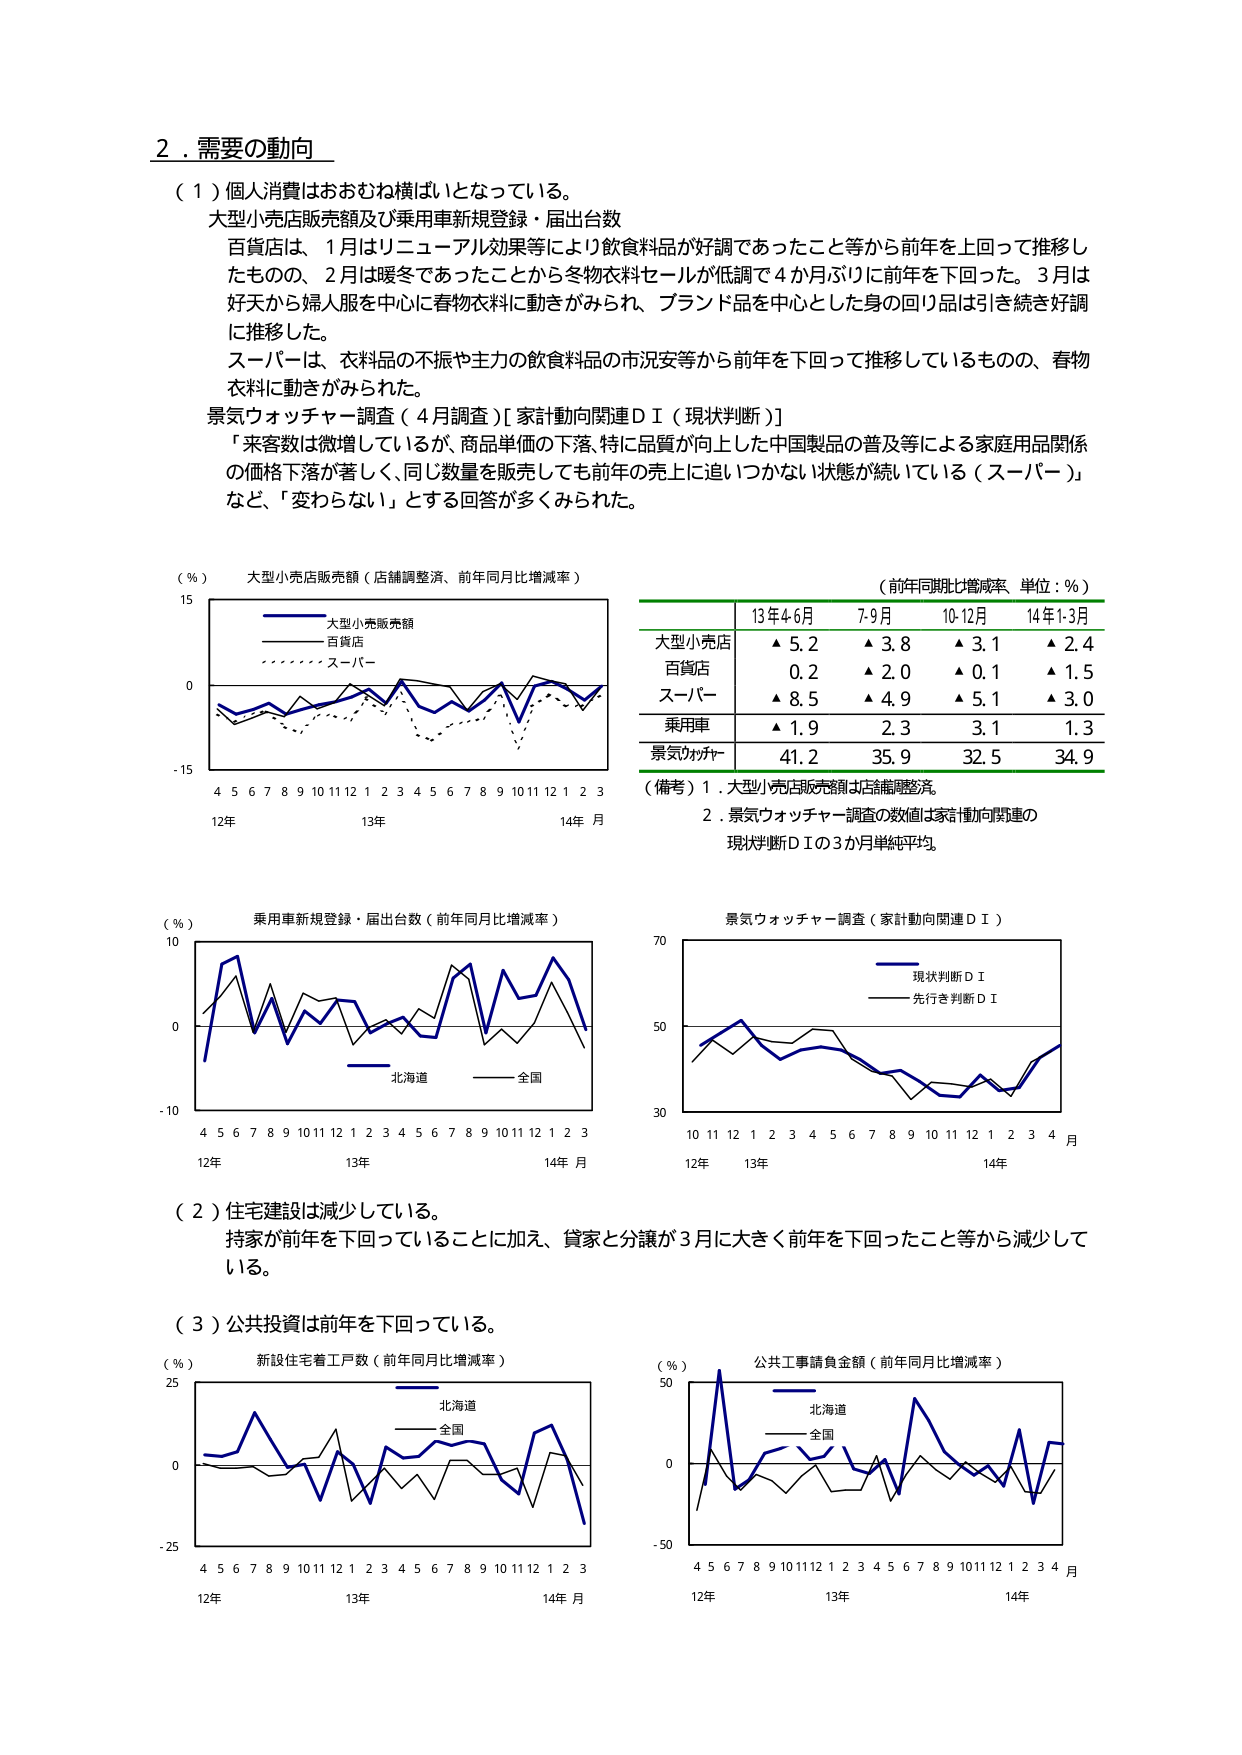
2．需要の動向

（1）個人消費はおもむね横ばいとなっている。

大型小売店販売額及び乗用車新規登録・届出台数

百貨店は、1月はリニューアル効果等により飲食料品が好調であったこと等から前年を上回って推移したものの、2月は暖冬であったことから冬物衣料セールが低調で4か月ぶりに前年を下回った。3月は好天から婦人服を中心に春物衣料に動きがみられ、ブランド品を中心とした身の回り品は引き続き好調に推移した。

スーパーは、衣料品の不振や主力の飲食料品の市況安等から前年を下回って推移しているものの、春物衣料に動きがみられた。

景気ウォッチャー調査（4月調査）[家計動向関連ＤＩ（現状判断）]

「来客数は微増しているが、商品単価の下落、特に品質が向上した中国製品の普及等による家庭用品関係の価格下落が著しく、同じ数量を販売しても前年の売上に追いつけない状態が続いている（スーパー）」など、「変わらない」とする回答が多くみられた。

（％）
大型小売店販売額（店舗調整済、前年同月比増減率）

15
大型小売店販売額
百貨店
スーパー
0
-15
4 5 6 7 8 9 10 11 12 1 2 3 4 5 6 7 8 9 10 11 12 1 2 3
12年 13年 14年 月

（前年同期比増減率 単位：％）

13年4-6月 7-9月 10-12月 14年1-3月
大型小売店 ▲ 5.2 ▲ 3.8 ▲ 3.1 ▲ 2.4
百貨店 0.2 ▲ 2.0 ▲ 0.1 ▲ 1.5
スーパー ▲ 8.5 ▲ 4.9 ▲ 5.1 ▲ 3.0
乗用車 ▲ 1.9 2.3 3.1 1.3
景気ウォッチャー 41.2 35.9 32.5 34.9

（備考）1．大型小売店販売額は店舗調整済。
2．景気ウォッチャー調査の数値は家計動向関連の
現状判断ＤＩの3か月単純平均。

（％）
乗用車新規登録・届出台数（前年同月比増減率）

10
北海道
全国
0
-10
4 5 6 7 8 9 10 11 12 1 2 3 4 5 6 7 8 9 10 11 12 1 2 3
12年 13年 14年 月

景気ウォッチャー調査（家計動向関連ＤＩ）

70
現状判断ＤＩ
先行き判断ＤＩ
50
30
10 11 12 1 2 3 4 5 6 7 8 9 10 11 12 1 2 3 4 月
12年 13年 14年

（2）住宅建設は減少している。

持家が前年を下回っていることに加え、貸家と分譲が3月に大きく前年を下回ったこと等から減少している。

（3）公共投資は前年を下回っている。

（％）
新設住宅着工戸数（前年同月比増減率）

25
北海道
全国
0
-25
4 5 6 7 8 9 10 11 12 1 2 3 4 5 6 7 8 9 10 11 12 1 2 3
12年 13年 14年 月

（％）
公共工事請負金額（前年同月比増減率）

50
北海道
全国
0
-50
4 5 6 7 8 9 10 11 12 1 2 3 4 5 6 7 8 9 10 11 12 1 2 3 4 月
12年 13年 14年